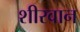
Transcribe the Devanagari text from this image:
शीरवान